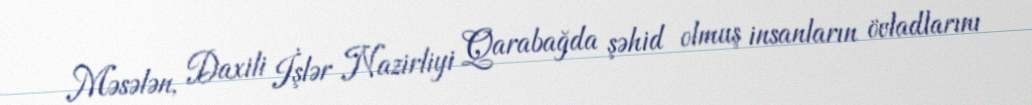
Məsələn, Daxili İşlər Nazirliyi Qarabağda şəhid olmuş insanların övladlarını